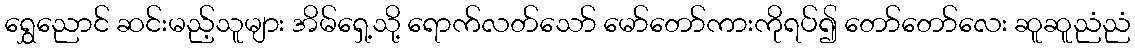
ရွှေညောင် ဆင်းမည့်သူများ အိမ်ရှေ့သို့ ရောက်လတ်သော် မော်တော်ကားကိုရပ်၍ တော်တော်လေး ဆူဆူညံညံ